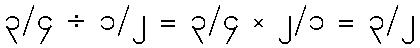
၃/၄ ÷ ၁/၂ = ၃/၄ × ၂/၁ = ၃/၂